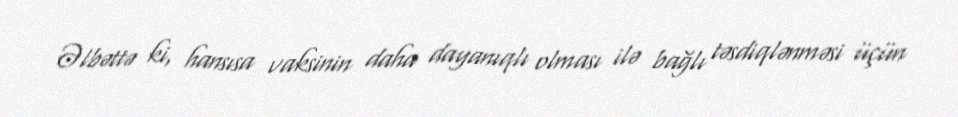
Əlbəttə ki, hansısa vaksinin daha dayanıqlı olması ilə bağlı təsdiqlənməsi üçün